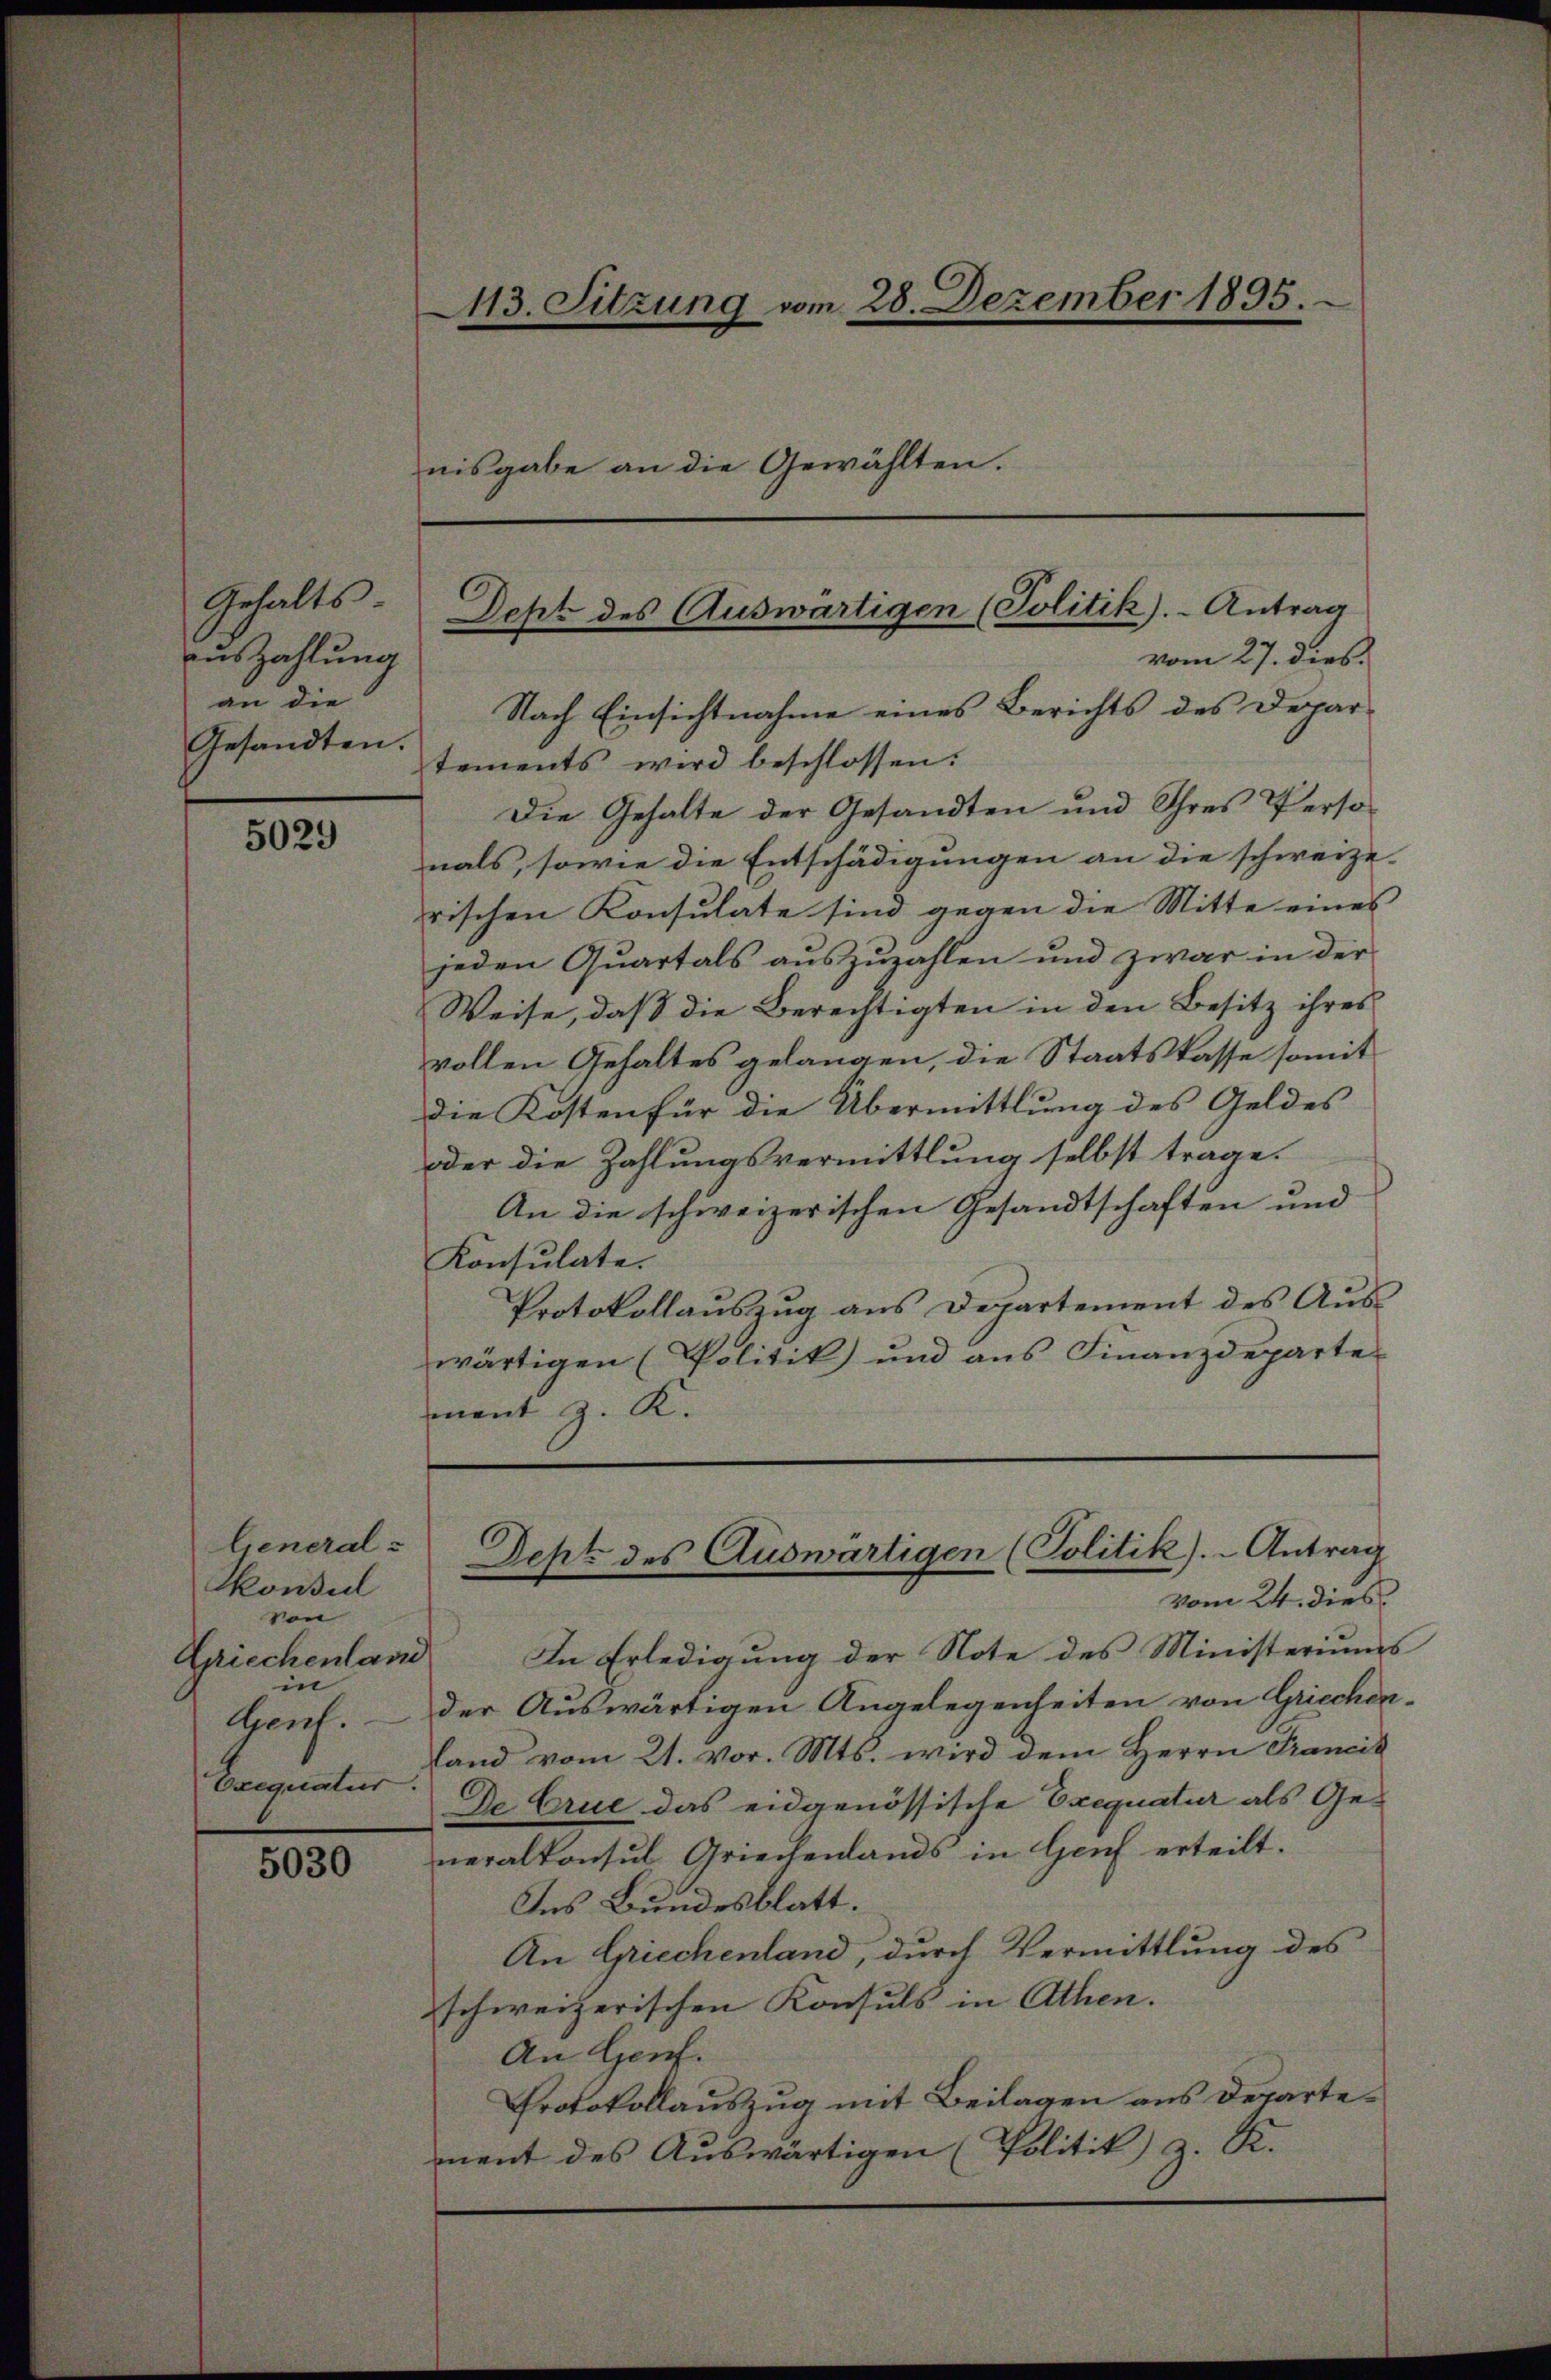
Gehalts
auszahlung
an die
Gesandten.

5029

Konsul
von
Griechenland
in
Gent.
Exequatur.
6

5030

113. Sitzung vom 28. Dezember 1895.
nisgabe an die Gewählten.

Nach Einsichtnahme eines Berichts des Departements wird beschlossen:
Die Gehalte der Gesandten und Ihres Perso
nals, sowie die Entschädigungen an die schweize-
rischen Konsulate sind gegen die Mitte eines
jeden Quartals auszuzahlen und zwar in der
Weise, daß die Berechtigten in den Besitz ihres
vollen Gehaltes gelangen, die Staatskasse somit
die Kosten für die Übermittlung des Geldes
oder die Zahlungsvermittlung selbst trage.
An die schweizerischen Gesandtschaften und
Konsulate.
Protokollauszug aus Departement des Auswärtigen (Politik und aus Finanzdeparte
mant z. K.

Jept des Auswärtigen (Politik).- Antrag
vom 27. dies

In Erledigung der Note des Ministeriums
der Auswärtigen Angelegenheiten von Griechen-
land vom 21. vor. Mts. wird dem Herrn Francis
De Crue das eidgenössische Exequatur als Generalkonsul Griechenlands in Genf erteilt.
Ins Bundesblatt.
An Griechenland, durch Vermittlung des
schweizerischen Konsuls in Athen.
An Genf.
Protokollauszug mit Beilagen aus Departement des Auswärtigen (Politik) z. R.

General - Deht des Auswärtigen (Politik).- Antrag
vom 24. dies